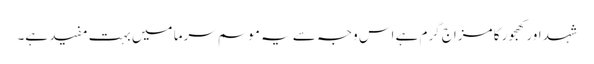
شہد اور کھجور کا مزاج گرم ہے اس وجہ سے یہ موسم سرما میں بہت مفید ہے۔